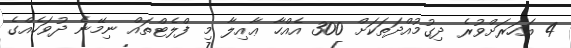
4 އަހަރަށްވުރެ ދިގުމުއްދަތަކަށް 300 އެއްހާ ޢާއިލާ މި ފްލެޓްތައް ނިމޭނެ ދުވަހެއްގެ